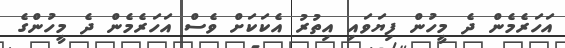
އަހަރެމެން ދެ މީހުން ފިޔަވައި އިތުރު އެކަކަށް ވެސް އަހަރެމެން ދެ މީހުންގެ